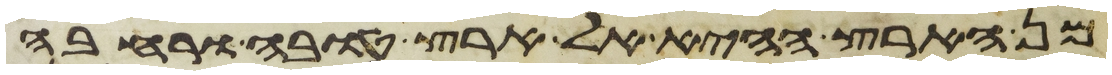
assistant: מן הארץ ההיא אל ארץ טובה ורחבה